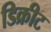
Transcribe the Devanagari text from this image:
डिक्रीट